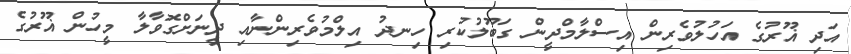
އަދި ޣޫރުގެ އަހުލުވެރިން އިސްލާމްދީން ގަބޫލުކުރި ހިނދު އިލްމުވެރިންނާއި ދީނަށްގޮވާލާ މީހުން ޣޫރުގެ